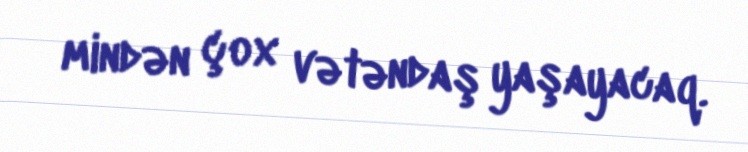
mindən çox vətəndaş yaşayacaq.